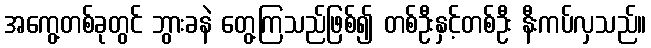
အကွေ့တစ်ခုတွင် ဘွားခနဲ တွေ့ကြသည်ဖြစ်၍ တစ်ဦးနှင့်တစ်ဦး နီးကပ်လှသည်။